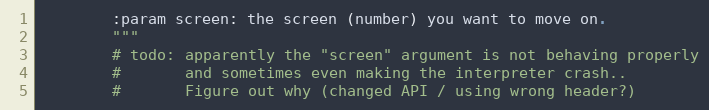
Language: Python
        :param screen: the screen (number) you want to move on.
        """
        # todo: apparently the "screen" argument is not behaving properly
        #       and sometimes even making the interpreter crash..
        #       Figure out why (changed API / using wrong header?)